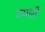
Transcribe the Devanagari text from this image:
गग्गरी